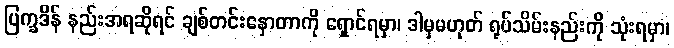
ပြက္ခဒိန် နည်းအရဆိုရင် ချစ်တင်းနှောတာကို ရှောင်ရမှာ၊ ဒါမှမဟုတ် ရုပ်သိမ်းနည်းကို သုံးရမှာ၊